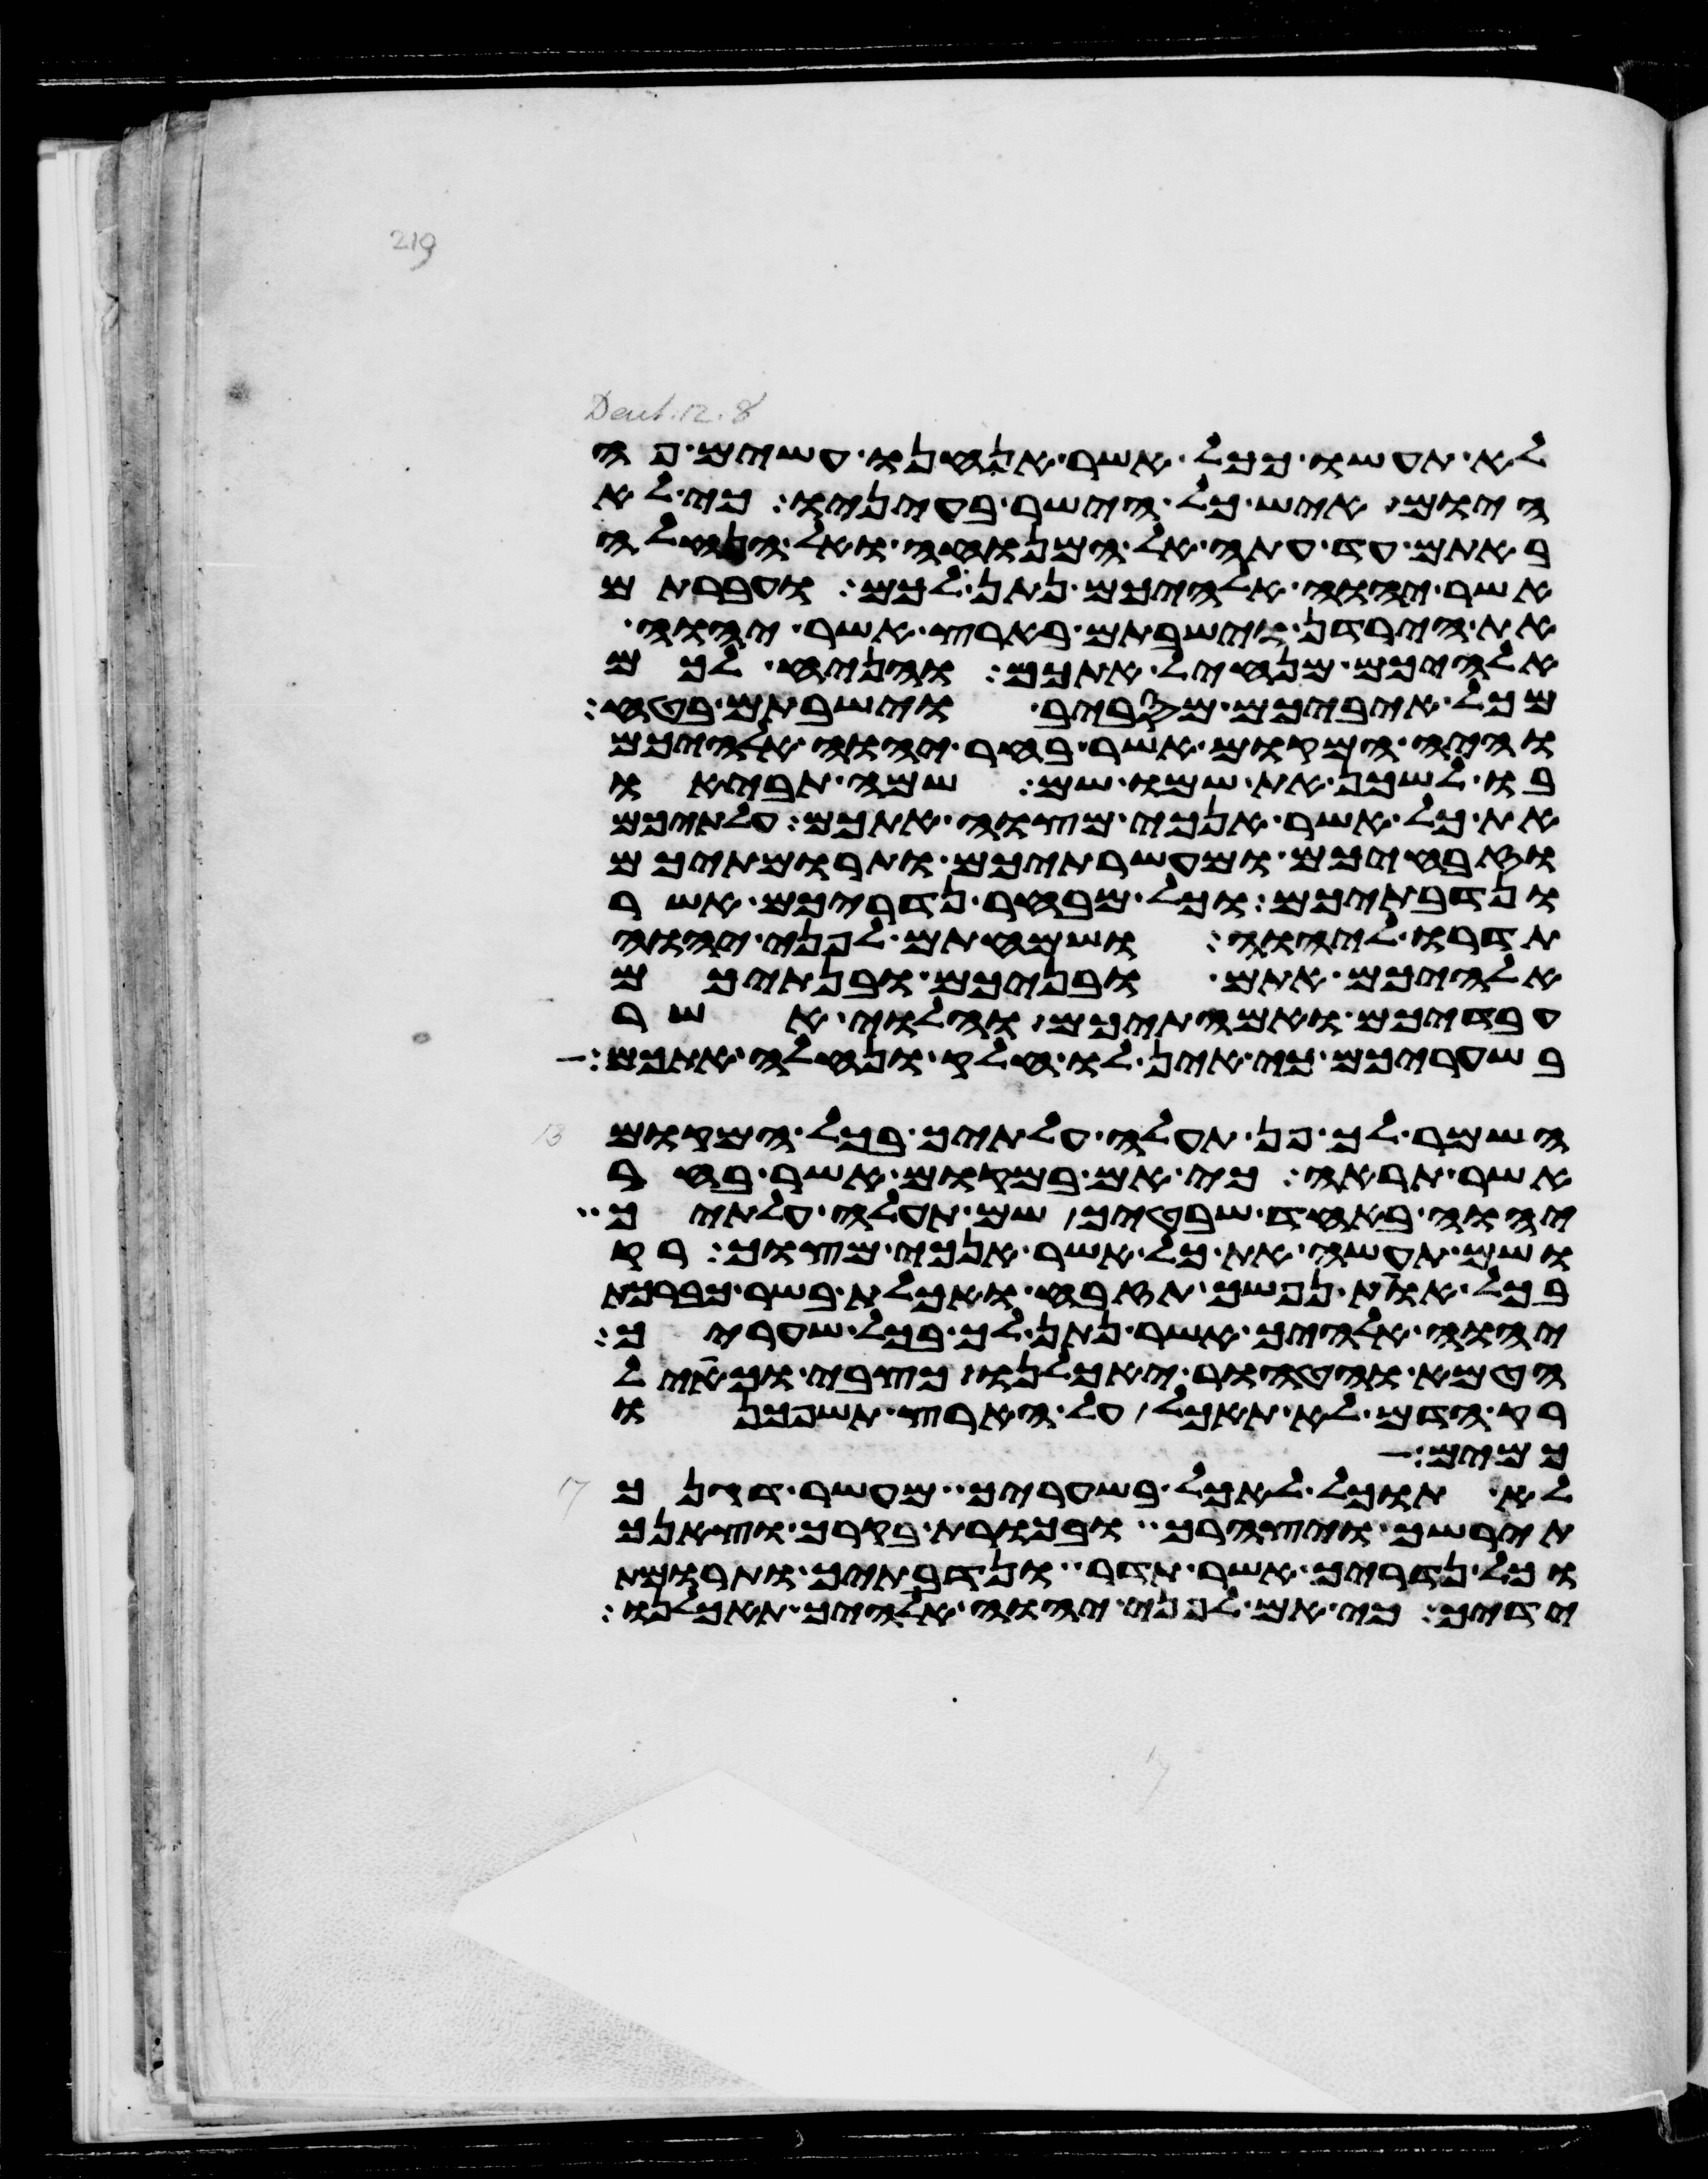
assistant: לא תעשו ככל אשר אנחנו עשים פה
היום איש כל הישר בעיניו כי לא
באתם עד עתה אל המנוחה ואל הנחלה
אשר יהוה אלהיכם נתן לכם ועברתם
את הירדן וישבתם בארץ אשר יהוה
אלהיכם מנחיל אתכם והניח לכם
מכל איביכם מסביב וישבתם בטח
והיה המקום אשר בחר יהוה אלהיכם
בו לשכן את שמו שם שמה תביאו
את כל אשר אנכי מצוה אתכם עלתיכם
וזבחיכם ומעשרתיכם ותרומתיכם
ונדבתיכם וכל מבחר נדריכם אשר
תדרו ליהוה ושמחתם לפני יהוה
אלהיכם אתם ובניכם ובנתיכם
עבדיכם ואמתיכם והלוי אשר
בשעריכם כי אין לו חלק ונחלה אתכם
השמר לך פן תעלה עלתיך בכל המקום
אשר תראה כי אם במקום אשר בחר
יהוה באחד שבטיך שם תעלה עלתיך
ושם תעשה את כל אשר אנכי מצוך רק
בכל אות נפשך תזבח ואכלת בשר כברכת
יהוה אלהיך אשר נתן לך בכל שעריך
הטמא והטהור יאכלנו כצבי וכאיל
רק הדם לא תאכל על הארץ תשפכנו
כמים
לא תוכל לאכל בשעריך מעשר דגנך
תירשך ויצהרך ובכורת בקרך וצאנך
וכל נדריך אשר תדר ונדבתיך ותרומות
ידיך כי אם לפני יהוה אלהיך תאכלנו